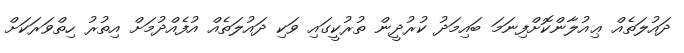
ދައުލަތެއް ޢިއުލާންކޮށްފިނަމަ ބައިމަދު ކުރުދީން ތުރުކީގައި ވަކި ދައުލަތެއް އުފެއްދުމަށް އިތުރު ހިތްވަރަކަށް